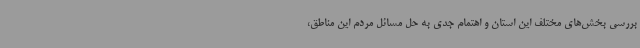
بررسی بخش‌های مختلف این استان و اهتمام جدی به حل مسائل مردم این مناطق،